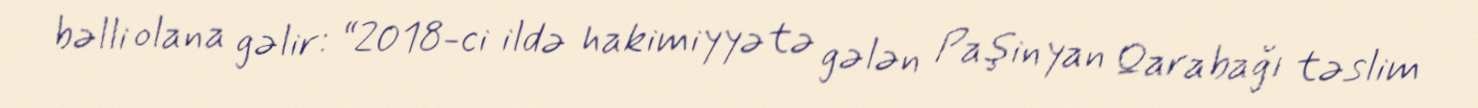
bəlli olana gəlir: “2018-ci ildə hakimiyyətə gələn Paşinyan Qarabağı təslim